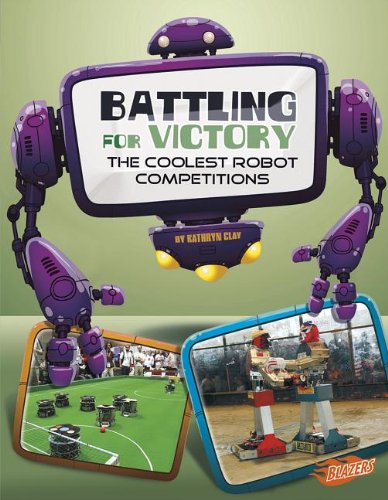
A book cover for Battling for Victory: The Coolest Robot Competitions (The World of Robots); Kathryn Clay; Children's Books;